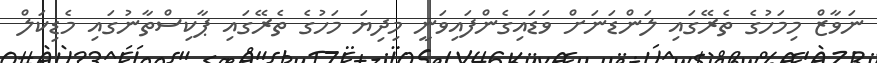
ނަވާޒް މިމަހުގެ ތެރޭގައި ލަންޑަނަށް ވަޑައިގެންފައިވަނީ މިދިޔަ މަހުގެ ތެރޭގައި ޕާކިސްތާނުގައި މެޑިކަލް